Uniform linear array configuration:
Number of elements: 24
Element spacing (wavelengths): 0.75
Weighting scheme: hann
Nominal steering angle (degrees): -30
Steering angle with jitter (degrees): -31.412
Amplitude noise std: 0.05
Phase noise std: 0.05

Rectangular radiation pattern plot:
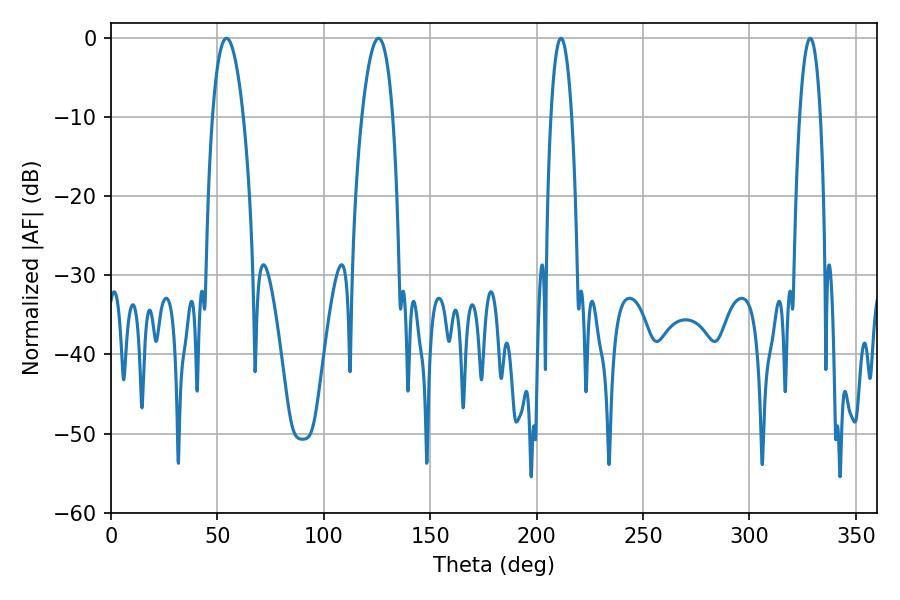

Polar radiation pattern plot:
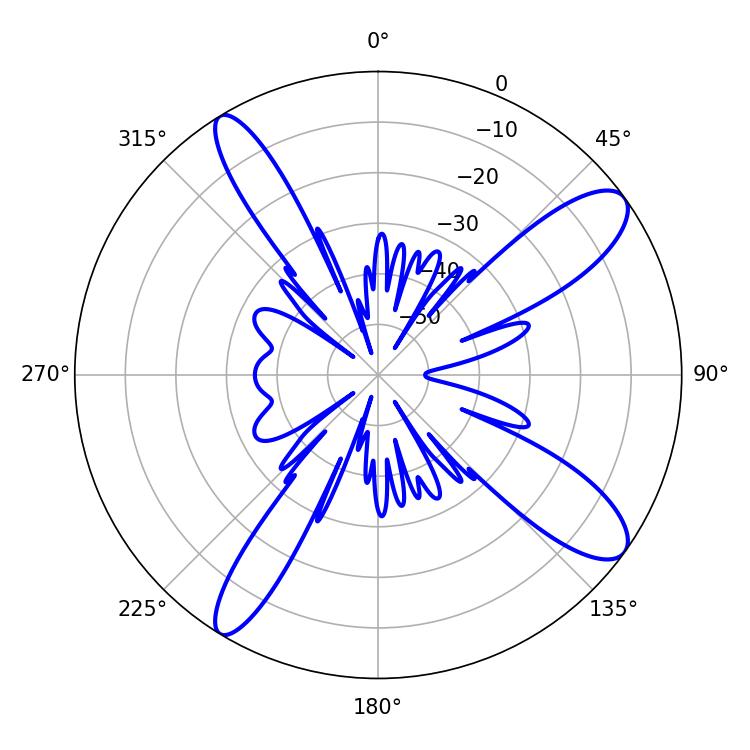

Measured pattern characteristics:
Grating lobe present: TRUE
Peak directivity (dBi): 11.593
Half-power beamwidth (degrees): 8.1
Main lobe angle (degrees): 54.36